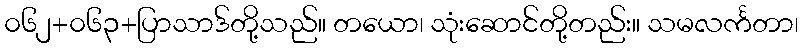
၀၆၂+၀၆၃+ပြာသာဒ်တို့သည်။ တယော၊ သုံးဆောင်တို့တည်း။ သမလင်္ကတာ၊